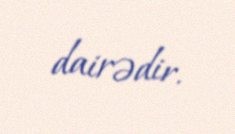
dairədir.